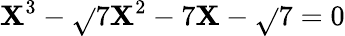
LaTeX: \mathbf{X}^{3}-\sqrt{}{{7}}\mathbf{X}^{2}-7\mathbf{X}-\sqrt{}{{7}}=0